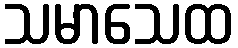
သမာသေထ